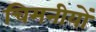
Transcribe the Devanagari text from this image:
चिमनीयों